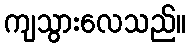
ကျသွားလေသည်။